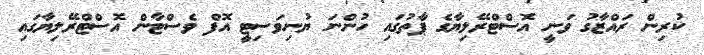
ކުރިން ރައްޒާގު ވަނީ އޮސްޓްރޭލިޔާގެ ޕާތުގައި ހުންނަ ޔުނިވަސިޓީ އޮފް ވެސްޓާން އޮސްޓްރޭލިޔާގައި